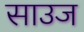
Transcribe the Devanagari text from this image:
साउज